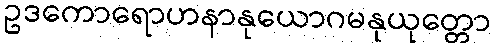
ဥဒကောရောဟနာနုယောဂမနုယုတ္တော